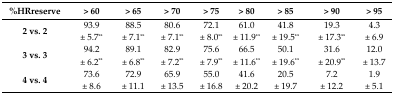
| %HRreserve | > 60 | > 65 | > 70 | > 75 | > 80 | > 85 | > 90 | > 95 |
 | --- | --- | --- | --- | --- | --- | --- | --- | --- |
 | 2 vs. 2 | 93.9 ± 5.7** | 88.5 ± 7.1** | 80.6 ± 7.1** | 72.1 ± 8.0** | 61.0 ± 11.9** | 41.8 ± 19.5** | 19.3 ± 17.3** | 4.3 ± 6.9 |
 | 3 vs. 3 | 94.2 ± 6.2** | 89.1 ± 6.8** | 82.9 ± 7.2** | 75.6 ± 7.9** | 66.5 ± 11.6** | 50.1 ± 19.6** | 31.6 ± 20.9** | 12.0 ± 13.7 |
 | 4 vs. 4 | 73.6 ± 8.6 | 72.9 ± 11.1 | 65.9 ± 13.5 | 55.0 ± 16.8 | 41.6 ± 20.2 | 20.5 ± 19.7 | 7.2 ± 12.2 | 1.9 ± 5.1 |